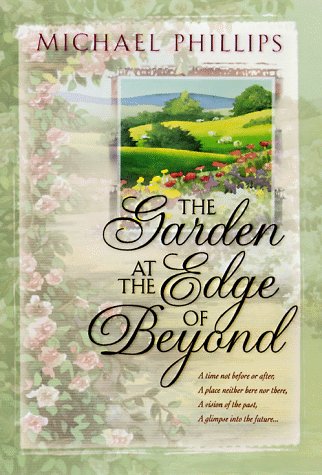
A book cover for The Garden at the Edge of Beyond; Michael Phillips; Religion & Spirituality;